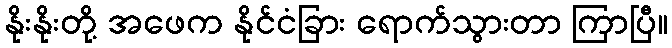
နိုးနိုးတို့ အဖေက နိုင်ငံခြား ရောက်သွားတာ ကြာပြီ။